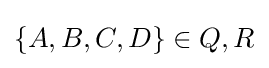
\{A,B,C,D\}\in Q,R